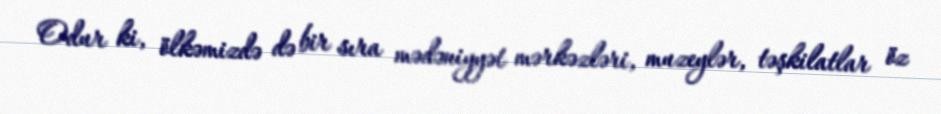
Odur ki, ölkəmizdə də bir sıra mədəniyyət mərkəzləri, muzeylər, təşkilatlar öz